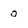
Character: 0